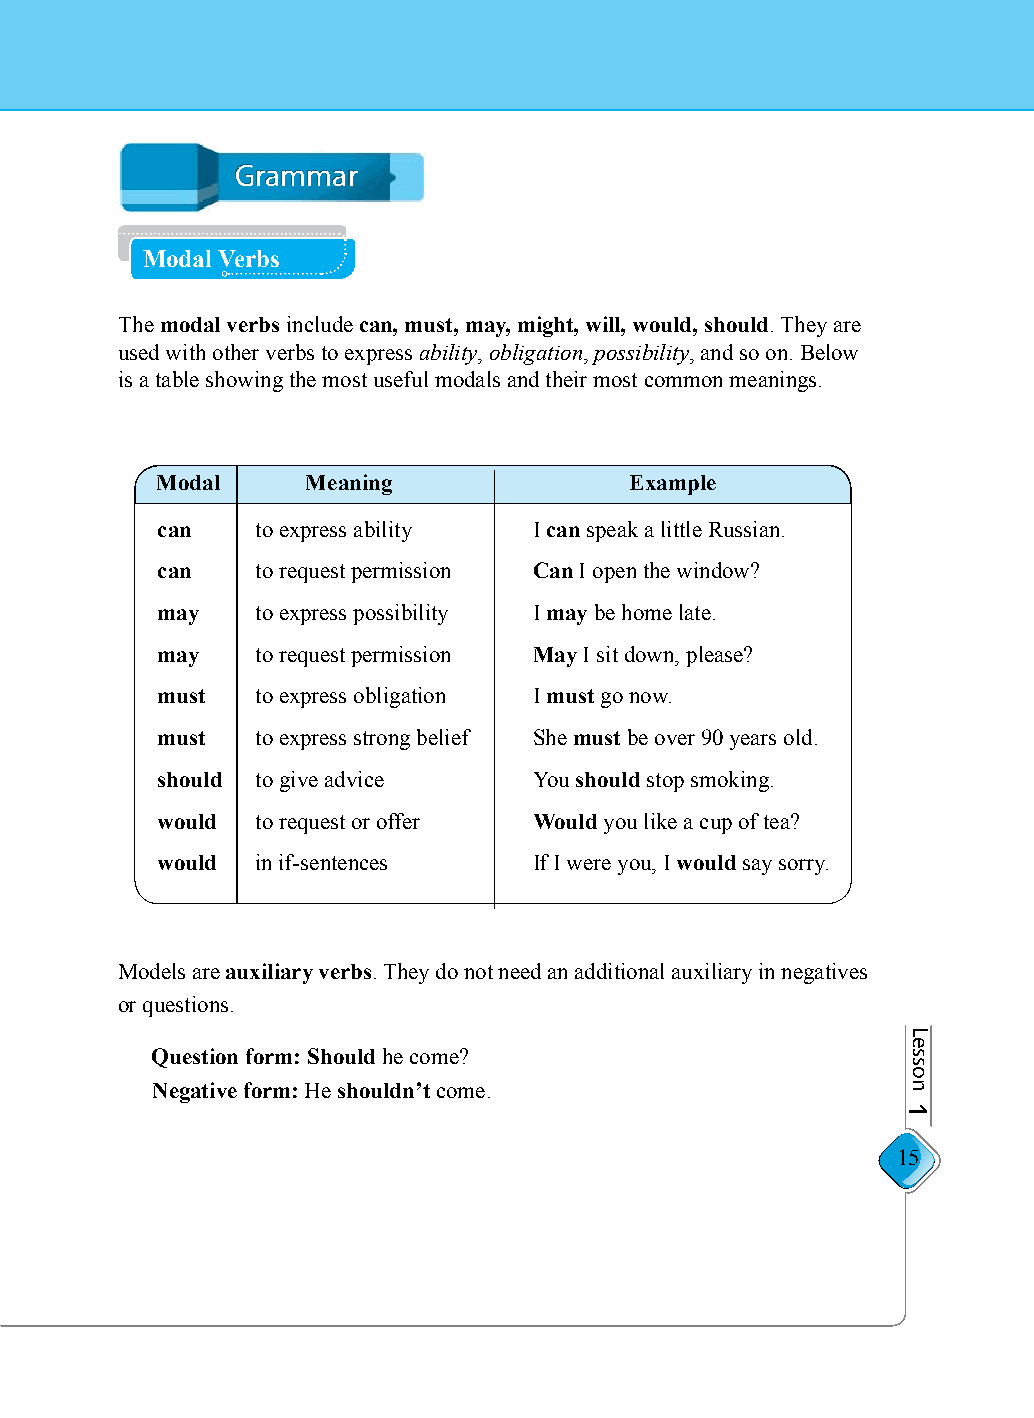
GGrraammmmaarr
 Modal Verbs
 The modal verbs include can, must, may, might, will, would, should. They are
 used with other verbs to express ability, obligation, possibility, and so on. Below
 is a table showing the most useful modals and their most common meanings.
 Modal     Meaning               Example
 can    to express ability I can speak a little Russian.
 can    to request permission Can I open the window?
 may    to express possibility I may be home late.
 may    to request permission May I sit down, please?
 must   to express obligation I must go now.
 must   to express strong belief She must be over 90 years old.
 should to give advice    You should stop smoking.
 would  to request or offer Would you like a cup of tea?
 would  in if-sentences   If I were you, I would say sorry.
 Models are auxiliary verbs. They do not need an additional auxiliary in negatives
 or questions.
 Question form: Should he come?
 Negative form: He shouldn’t come.
 15
 Lesson
 1